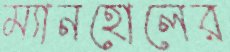
ম্যানহোলের